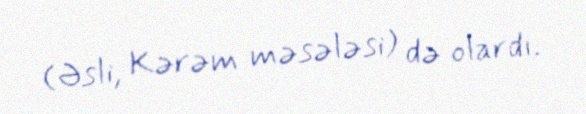
(Əsli, Kərəm məsələsi) də olardı.